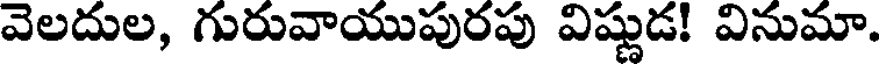
వెలదుల, గురువాయుపురపు విష్ణుడ! వినుమా.